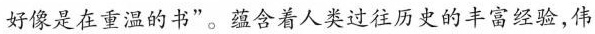
好像是在重温的书”。蕴含着人类过往历史的丰富经验,伟